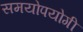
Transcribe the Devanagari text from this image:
समयोपयोगी